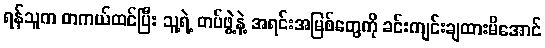
ရန်သူက တကယ်ထင်ပြီး သူ့ရဲ့ တပ်ဖွဲ့နဲ့ အရင်းအမြစ်တွေကို ခင်းကျင်းချထားမိအောင်